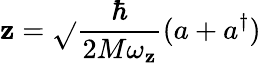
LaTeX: \mathbf{z}=\sqrt{}{{\frac{{\hbar}}{{2M\omega_{\mathbf{z}}}}}}(a+a^{\dagger})